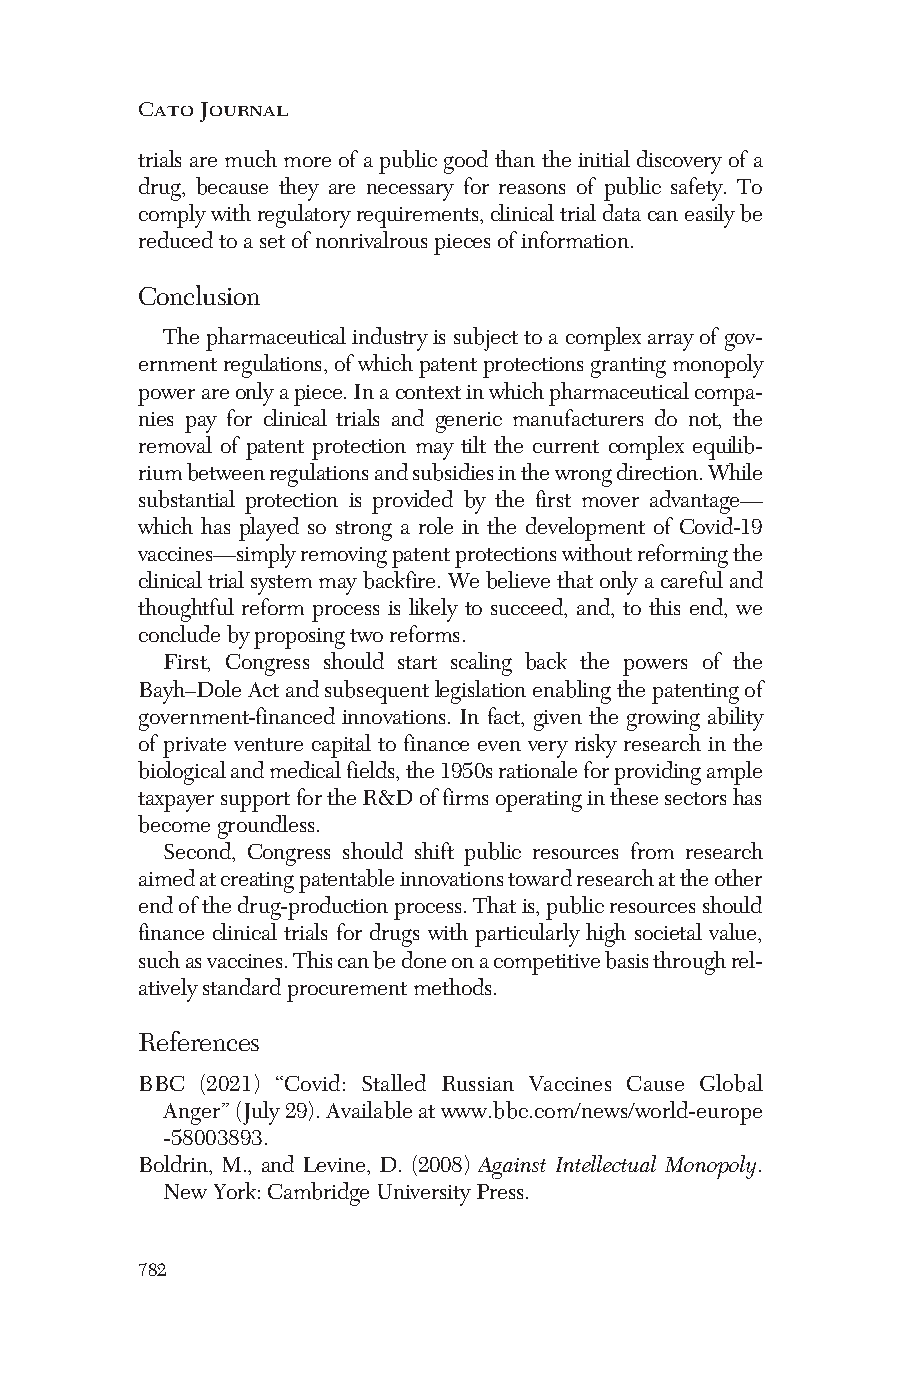
Cato Journal
 trials are much more of a public good than the initial discovery of a
 drug, because they are necessary for reasons of public safety. To
 complywithregulatoryrequirements,clinicaltrialdatacaneasilybe
 reducedtoasetofnonrivalrouspiecesofinformation.
 Conclusion
 Thepharmaceuticalindustryissubjecttoacomplexarrayofgov-
 ernmentregulations,ofwhichpatentprotectionsgrantingmonopoly
 powerareonlyapiece.Inacontextinwhichpharmaceuticalcompa-
 nies pay for clinical trials and generic manufacturers do not, the
 removal of patent protection may tilt the current complex equilib-
 riumbetweenregulationsandsubsidiesinthewrongdirection.While
 substantial protection is provided by the first mover advantage—
 which has played so strong a role in the development of Covid-19
 vaccines—simplyremovingpatentprotectionswithoutreformingthe
 clinicaltrialsystemmaybackfire.Webelievethatonlyacarefuland
 thoughtful reform process is likely to succeed, and, to this end, we
 concludebyproposingtworeforms.
 First, Congress should start scaling back the powers of the
 Bayh–DoleActandsubsequentlegislationenablingthepatentingof
 government-financed innovations. In fact, given the growing ability
 of private venture capital to finance even very risky research in the
 biologicalandmedicalfields,the1950srationaleforprovidingample
 taxpayersupportfortheR&Doffirmsoperatinginthesesectorshas
 becomegroundless.
 Second, Congress should shift public resources from research
 aimedatcreatingpatentableinnovationstowardresearchattheother
 endofthedrug-productionprocess.Thatis,publicresourcesshould
 finance clinical trials for drugs with particularly high societal value,
 suchasvaccines.Thiscanbedoneonacompetitivebasisthroughrel-
 ativelystandardprocurementmethods.
 References
 BBC (2021) “Covid: Stalled Russian Vaccines Cause Global
 Anger”(July29).Availableatwww.bbc.com/news/world-europe
 -58003893.
 Boldrin, M., and Levine, D. (2008) Against Intellectual Monopoly.
 NewYork:CambridgeUniversityPress.
 782